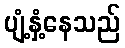
ပျံ့နှံ့နေသည်